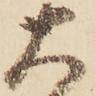
大